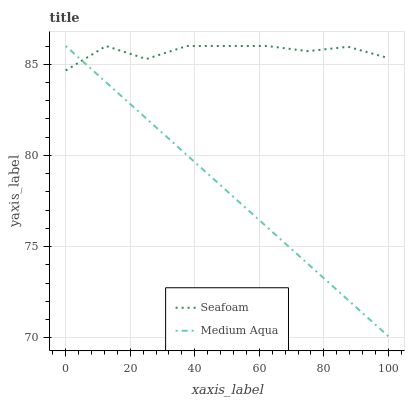
| xaxis_label | Seafoam | Medium Aqua |
 | --- | --- | --- |
 | 0 | 84.7 | 86 |
 | 12.5 | 86 | 84 |
 | 25 | 85.3 | 82 |
 | 37.5 | 86 | 80 |
 | 50 | 86 | 78 |
 | 62.5 | 86 | 76.1 |
 | 75 | 85.7 | 74.1 |
 | 87.5 | 86 | 72.1 |
 | 100 | 85.3 | 70.1 |